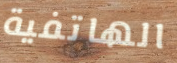
الهاتفية